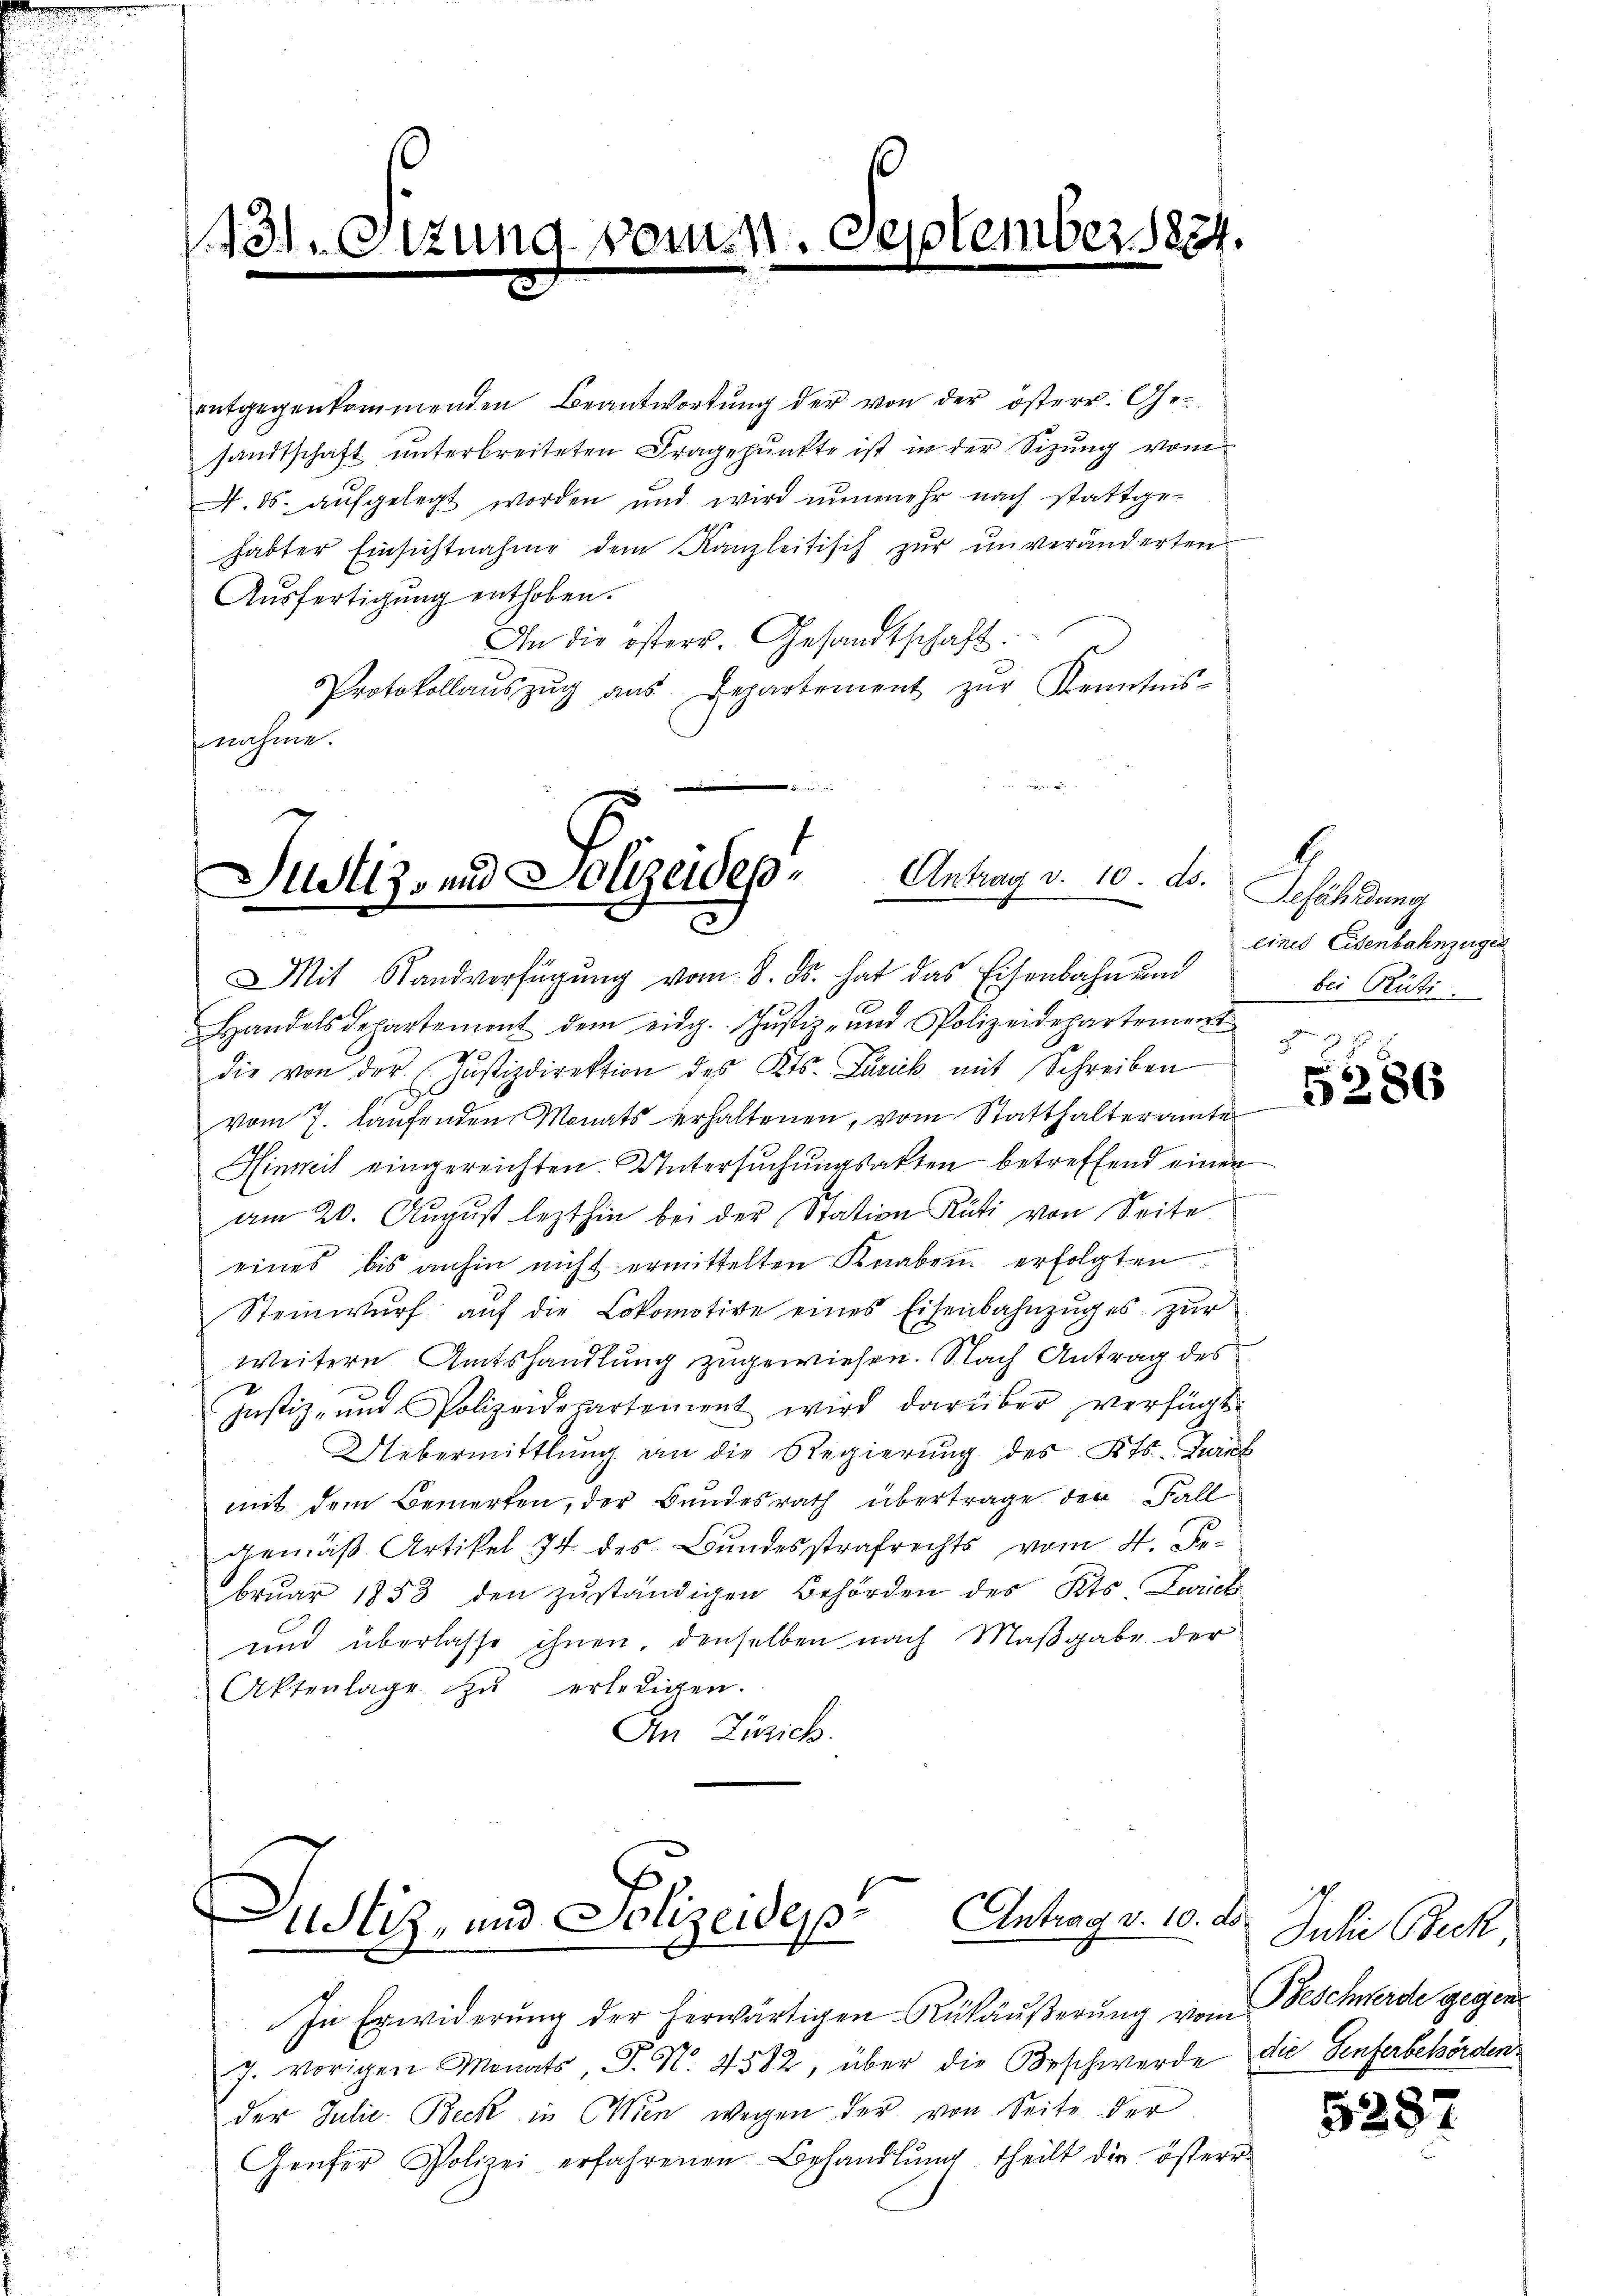
entgegenkommenden Beantwortŭng der von der österr. Gesandtschaft unterbreiteten Fragepunkte ist in der Sizung vom
A. ds. aufgelegt worden und wird nunmehr nach stattgehabter Einsichtnahme dem Kanzleitisch zur unveränderten
Aŭsfertigung enthoben.
In die österr. Gesandtschaft:
Protokollaŭszŭg aŭs Departement zŭr Kenntnis-
fnahme.

1131.

m

September 1834.

Justiz- und Polizeidep. Antrag v. 10. d. Schuldung
Mit Standverfügung vom 8. ds. hat das Eisenbahn und

Handelsdepartement dem eidg. Jŭstiz- und Polizeidepartement
27
die von der Justizdirektion des Kts. Larick mit Schreiben
vom 7. laŭfenden Monats erhaltenen, vom Statthalteramte
Hinweil eingereichten. Untersuchungsakten betreffend einen
am 20. August lezthin bei der Station Rüti von Seite
eines bis anhin nicht ermittelten Knaben erfolgten
Steinwŭrf auf die Lokomotive eines Eisenbahnzuges zur
weitern Amtshandlung zugewiesen. Nach Antrag des
Justiz- und Polizeidepartement wird darüber verfügt:
Uebermittlung an die Regierung des Kts. Zuruf
mit dem Bemerken, der Bundesrath übertrage den Fall
gemäß Artikel 74 des Bundesstrafrechts vom 4. Debruar 1853 den zuständigen Behörden des Kts. Zweck
und überlasse ihnen, denselben nach Maßgabe der
Aktenlage zu erledigen.
In Zürich.

Antrag v. 10. ds.
Justiz, und Polizeidep

In Erwiderung der herwärtigen Rükäußerung vom Beschwerde gegen¬
J. vorigen Monats, P. N. 4582, über die Beschwerde die Genferbehördender Julie- Beck in Wien wegen der von Seite der
Genfer Polizei erfahrenen Behandlŭng theilt die österr

eines Eisenbahnzügen
bei Grüti

d

3286

Julie Beck

5287